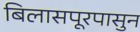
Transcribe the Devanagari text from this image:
बिलासपूरपासुन